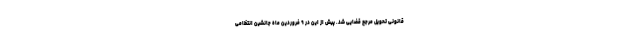
قانونی تحویل مرجع قضایی شد. پیش از این در ۹ فروردین ماه جانشین انتظامی